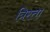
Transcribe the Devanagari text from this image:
त्रिरत्ता